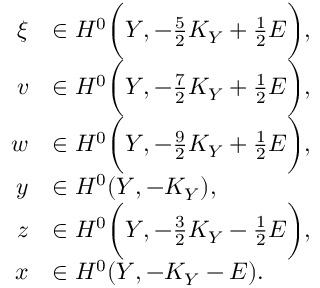
\begin{array} { r l } { \xi } & { \in H ^ { 0 } \bigg ( Y , - \frac { 5 } { 2 } K _ { Y } + \frac { 1 } { 2 } E \bigg ) , } \\ { v } & { \in H ^ { 0 } \bigg ( Y , - \frac { 7 } { 2 } K _ { Y } + \frac { 1 } { 2 } E \bigg ) , } \\ { w } & { \in H ^ { 0 } \bigg ( Y , - \frac { 9 } { 2 } K _ { Y } + \frac { 1 } { 2 } E \bigg ) , } \\ { y } & { \in H ^ { 0 } ( Y , - K _ { Y } ) , } \\ { z } & { \in H ^ { 0 } \bigg ( Y , - \frac { 3 } { 2 } K _ { Y } - \frac { 1 } { 2 } E \bigg ) , } \\ { x } & { \in H ^ { 0 } ( Y , - K _ { Y } - E ) . } \end{array}